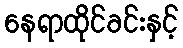
နေရာထိုင်ခင်းနှင့်